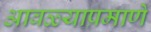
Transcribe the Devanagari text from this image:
आवळ्याप्रमाणे